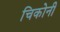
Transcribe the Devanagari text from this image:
चिकोनी